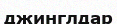
джинглдар